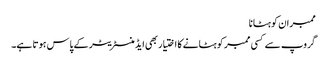
ممبران کو ہٹانا
گروپ سے کسی ممبر کو ہٹانے کا اختیار بھی ایڈمنسٹریٹر کے پاس ہوتا ہے۔